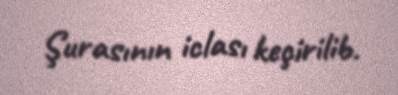
Şurasının iclası keçirilib.